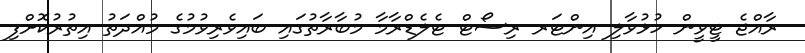
ރާއްޖެ ޓީވީން ހުޅުވާލި އިންޓަރ ރިސޯޓް ޓެލެޑްރާމާ މުބާރާތުގައި ބައިވެރިވުމުގެ މުއްދަތު އިތުރުކޮށްފި